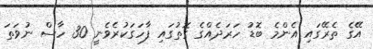
އޭގެ ތެރޭގައި އެންމެ ބޮޑު ހަރަދެއްގެ ގޮތުގައި ފާހަގަކުރެވެނީ 30 ހާސް ނުވަތަ